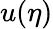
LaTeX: u(\eta)